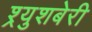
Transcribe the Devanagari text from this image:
श्र्युशबेरी